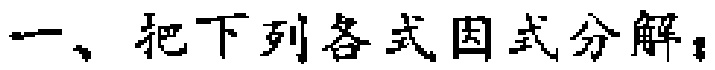
一、把下列各式因式分解：